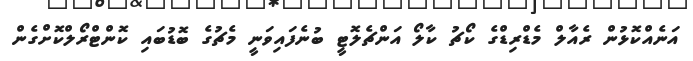
އަނެއްކޮޅުން ރެއާލް މެޑްރިޑްގެ ކޯޗު ކާލޯ އަންޗެލޮޓީ ބުނެފައިވަނީ މެޗުގެ ބޮޑުބައި ކޮންޓްރޯލްކޮށްގެން